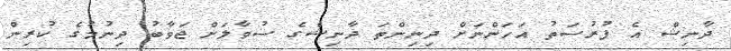
ދާނިޝް އެ ފުރުސަތު އަހަންނަށް ދިނިންތަ ދާނިޝްގެ ސުވާލަށް ޖަވާބު ދިނުމުގެ ކުރިިން